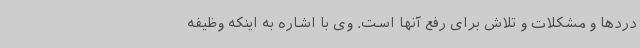
دردها و مشکلات و تلاش برای رفع آنها است. وی با اشاره به اینکه وظیفه